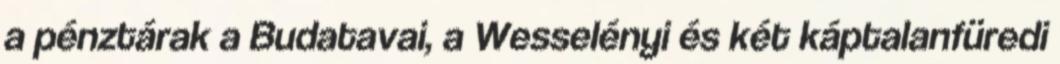
a pénztárak a Budatavai, a Wesselényi és két káptalanfüredi